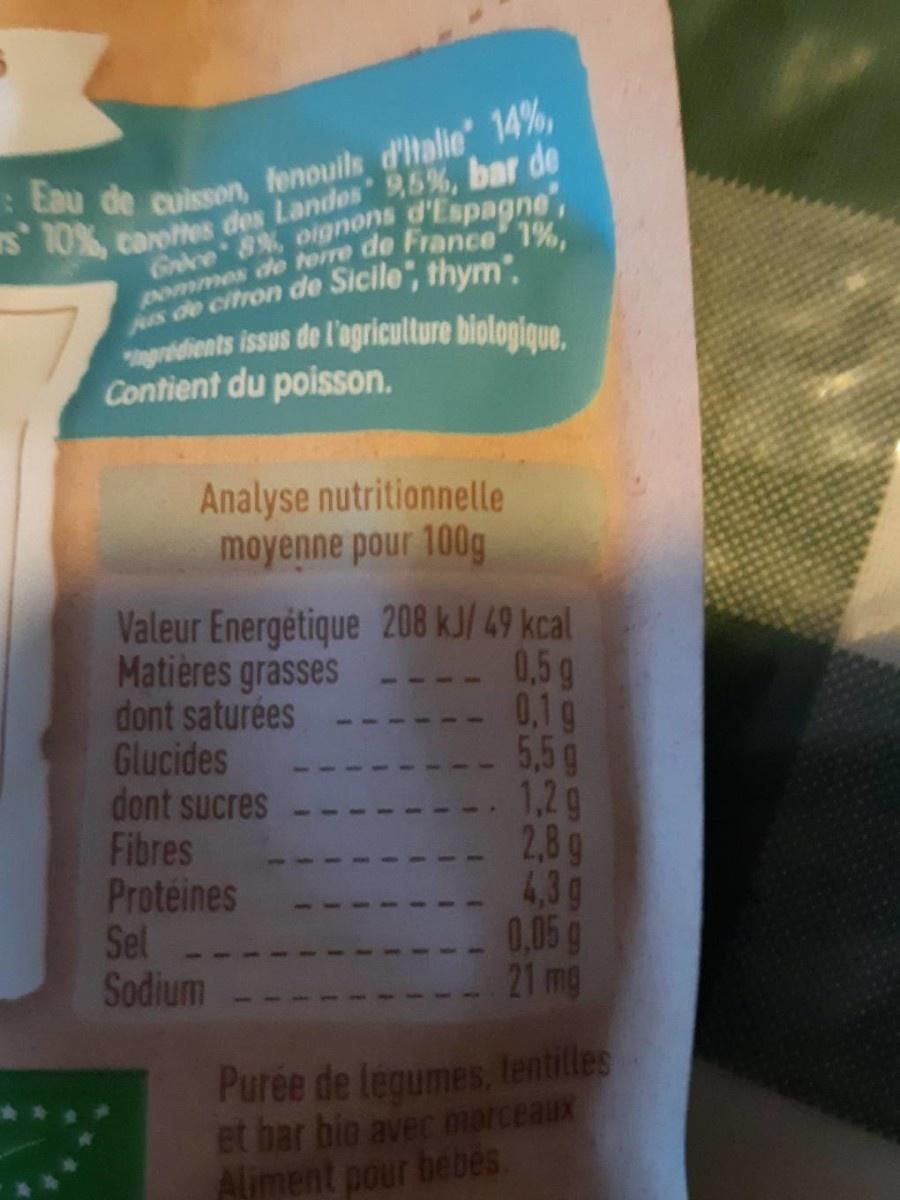
:Eau de cuisson, fenouils d'talie' 14%, S 10%, carottes des Landos 9,5%, bar de
Gce 8%, oignons d'Espagne", pommes de terre de France" 1%,
s de citron de Sicile", thym". gridients issus de l'agriculture biologique. Contient du poisson.
Matières grasses dont saturées Glucides dont sucres Fibres Proteines Sel-. Sodium
Analyse nutritionnelle moyenne pour 100g Valeur Energétique 208 kJ/ 49 kcal -- 0,5g - 0.1g 5,5g 1,2g 2,8g 4,3g 0,05 g 21 mg
Purée de legumes, lentilles et bar bio avec marceaux Aliment pour bebes